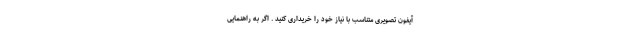
آیفون تصویری متناسب با نیاز خود را خریداری کنید . اگر به راهنمایی